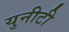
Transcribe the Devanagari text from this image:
युनीटी